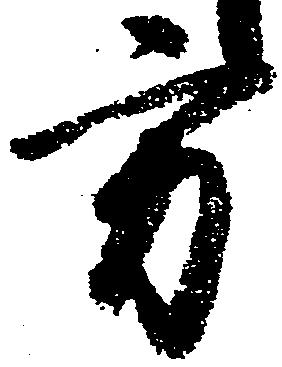
方